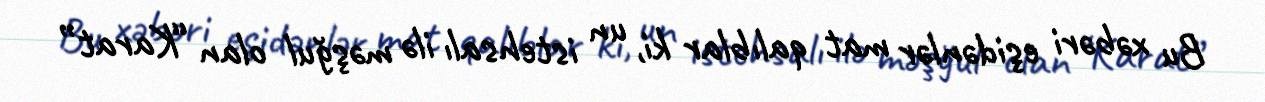
Bu xəbəri eşidənlər mat qalıblar ki, un istehsalı ilə məşğul olan “Karat”